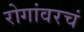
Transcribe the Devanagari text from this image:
रोगांवरचं